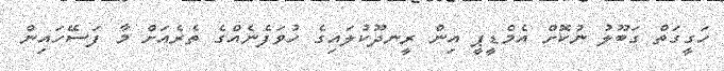
ހަގީގަތް ގަބޫލު ނުކޮށް އެމްޑީޕީ އިން ރީނދޫކުލައިގެ ހުވަފެނެއްގެ ތެރެއަށް މާ ފަސޭހައިން